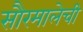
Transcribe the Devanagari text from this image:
सौरमालेची